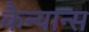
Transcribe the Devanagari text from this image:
कैन्यान्स